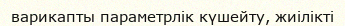
варикапты параметрлік күшейту, жиілікті